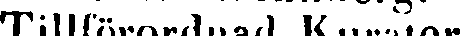
Tillförordnad Kurator.